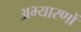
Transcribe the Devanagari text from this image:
अभ्यारणों